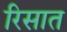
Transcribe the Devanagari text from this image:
रिसात